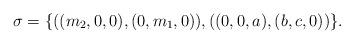
LaTeX: \begin{align*}\sigma = \{((m_2,0,0),(0,m_1,0)), ((0,0,a),(b,c,0))\}.\end{align*}